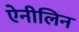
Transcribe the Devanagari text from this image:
ऐनीलिन